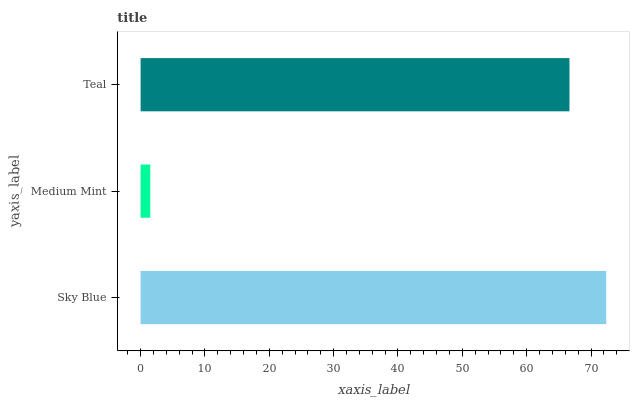
| yaxis_label | bars |
 | --- | --- |
 | Sky Blue | 72.4 |
 | Medium Mint | 1.51 |
 | Teal | 66.7 |